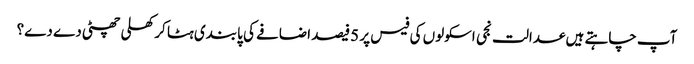
آپ چاہتے ہیں عدالت نجی اسکولوں کی فیس پر 5فیصد اضافے کی پابندی ہٹا کر کھلی چھٹی دے دے؟